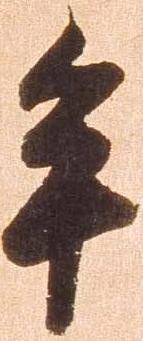
牟